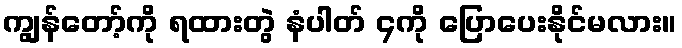
ကျွန်တော့်ကို ရထားတွဲ နံပါတ် ၄ကို ပြောပေးနိုင်မလား။